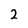
Character: 2